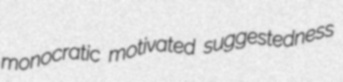
monocratic motivated suggestedness